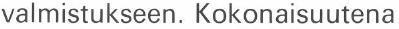
valmistukseen. Kokonaisuutena